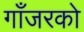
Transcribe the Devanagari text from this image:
गाँजरको